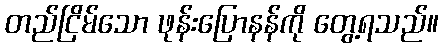
တည်ငြိမ်သော ဖုန်းပြောနန်ကို တွေ့ရသည်။